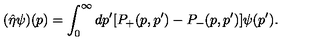
( \hat { \eta } \psi ) ( p ) = \int _ { 0 } ^ { \infty } d p ^ { \prime } [ P _ { + } ( p , p ^ { \prime } ) - P _ { - } ( p , p ^ { \prime } ) ] \psi ( p ^ { \prime } ) .